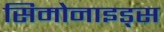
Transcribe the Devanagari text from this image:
सिमोनाइड्स